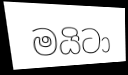
මයිටා